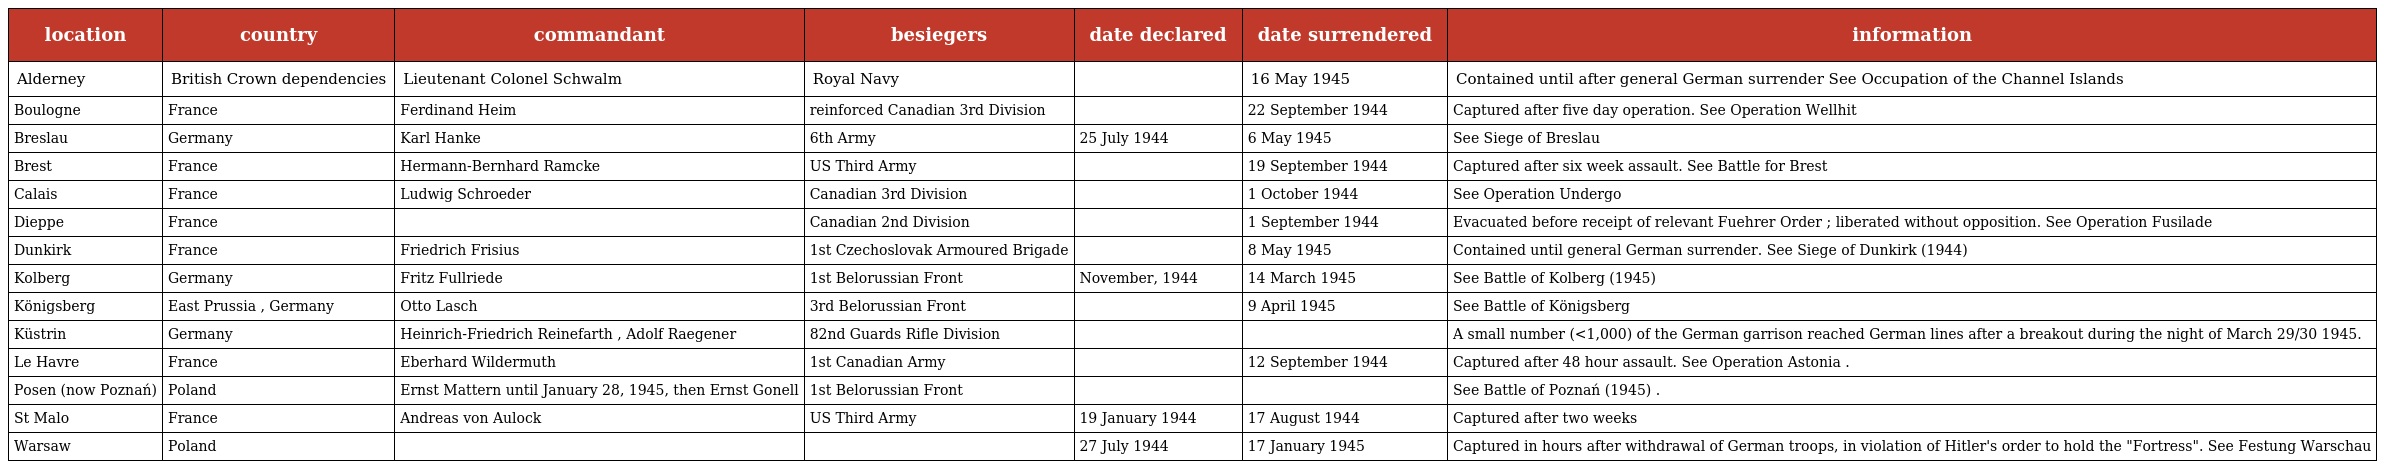
| location | country | commandant | besiegers | date declared | date surrendered | information |
 | --- | --- | --- | --- | --- | --- | --- |
 | Alderney | British Crown dependencies | Lieutenant Colonel Schwalm | Royal Navy |  | 16 May 1945 | Contained until after general German surrender See Occupation of the Channel Islands |
 | Boulogne | France | Ferdinand Heim | reinforced Canadian 3rd Division |  | 22 September 1944 | Captured after five day operation. See Operation Wellhit |
 | Breslau | Germany | Karl Hanke | 6th Army | 25 July 1944 | 6 May 1945 | See Siege of Breslau |
 | Brest | France | Hermann-Bernhard Ramcke | US Third Army |  | 19 September 1944 | Captured after six week assault. See Battle for Brest |
 | Calais | France | Ludwig Schroeder | Canadian 3rd Division |  | 1 October 1944 | See Operation Undergo |
 | Dieppe | France |  | Canadian 2nd Division |  | 1 September 1944 | Evacuated before receipt of relevant Fuehrer Order ; liberated without opposition. See Operation Fusilade |
 | Dunkirk | France | Friedrich Frisius | 1st Czechoslovak Armoured Brigade |  | 8 May 1945 | Contained until general German surrender. See Siege of Dunkirk (1944) |
 | Kolberg | Germany | Fritz Fullriede | 1st Belorussian Front | November, 1944 | 14 March 1945 | See Battle of Kolberg (1945) |
 | Königsberg | East Prussia , Germany | Otto Lasch | 3rd Belorussian Front |  | 9 April 1945 | See Battle of Königsberg |
 | Küstrin | Germany | Heinrich-Friedrich Reinefarth , Adolf Raegener | 82nd Guards Rifle Division |  |  | A small number (<1,000) of the German garrison reached German lines after a breakout during the night of March 29/30 1945. |
 | Le Havre | France | Eberhard Wildermuth | 1st Canadian Army |  | 12 September 1944 | Captured after 48 hour assault. See Operation Astonia . |
 | Posen (now Poznań) | Poland | Ernst Mattern until January 28, 1945, then Ernst Gonell | 1st Belorussian Front |  |  | See Battle of Poznań (1945) . |
 | St Malo | France | Andreas von Aulock | US Third Army | 19 January 1944 | 17 August 1944 | Captured after two weeks |
 | Warsaw | Poland |  |  | 27 July 1944 | 17 January 1945 | Captured in hours after withdrawal of German troops, in violation of Hitler's order to hold the "Fortress". See Festung Warschau |